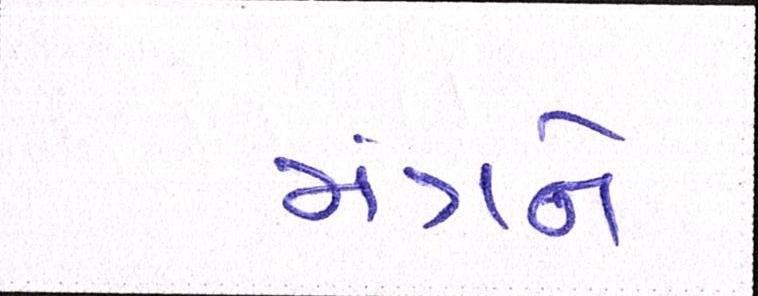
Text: મંત્રને